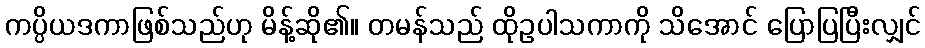
ကပ္ပိယဒကာဖြစ်သည်ဟု မိန့်ဆို၏။ တမန်သည် ထိုဥပါသကာကို သိအောင် ပြောပြပြီးလျှင်